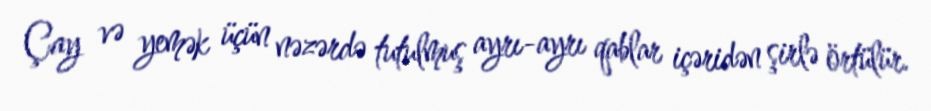
Çay və yemək üçün nəzərdə tutulmuş ayrı-ayrı qablar içəridən şirlə örtülür.